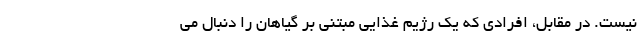
نیست. در مقابل، افرادی که یک رژیم غذایی مبتنی بر گیاهان را دنبال می